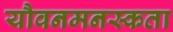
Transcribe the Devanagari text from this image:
यौवनमनस्कता